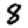
Digit: 8